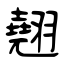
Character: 翹